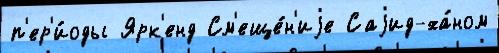
п'ер'и́оды Ярк'енд См'еще́н'иjе Саjид-ха́ном